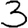
Digit: 3